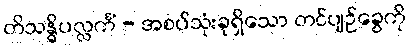
တိသန္ဓိပလ္လင်္ကံ - အစပ်သုံးခုရှိသော တင်ပျဉ်ခွေကို